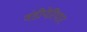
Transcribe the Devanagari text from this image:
वंडीपेरियार